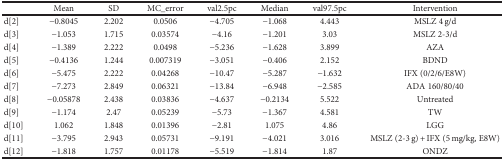
<table><thead><tr><td></td><td><b>Mean</b></td><td><b>SD</b></td><td><b>MC_error</b></td><td><b>val2.5pc</b></td><td><b>Median</b></td><td><b>val97.5pc</b></td><td><b>Intervention</b></td></tr></thead><tbody><tr><td>d[2]</td><td>−0.8045</td><td>2.202</td><td>0.0506</td><td>−4.705</td><td>−1.068</td><td>4.443</td><td>MSLZ 4 g/d</td></tr><tr><td>d[3]</td><td>−1.053</td><td>1.715</td><td>0.03574</td><td>−4.16</td><td>−1.201</td><td>3.03</td><td>MSLZ 2-3/d</td></tr><tr><td>d[4]</td><td>−1.389</td><td>2.222</td><td>0.0498</td><td>−5.236</td><td>−1.628</td><td>3.899</td><td>AZA</td></tr><tr><td>d[5]</td><td>−0.4136</td><td>1.244</td><td>0.007319</td><td>−3.051</td><td>−0.406</td><td>2.152</td><td>BDND</td></tr><tr><td>d[6]</td><td>−5.475</td><td>2.222</td><td>0.04268</td><td>−10.47</td><td>−5.287</td><td>−1.632</td><td>IFX (0/2/6/E8W)</td></tr><tr><td>d[7]</td><td>−7.273</td><td>2.849</td><td>0.06321</td><td>−13.84</td><td>−6.948</td><td>−2.585</td><td>ADA 160/80/40</td></tr><tr><td>d[8]</td><td>−0.05878</td><td>2.438</td><td>0.03836</td><td>−4.637</td><td>−0.2134</td><td>5.522</td><td>Untreated</td></tr><tr><td>d[9]</td><td>−1.174</td><td>2.47</td><td>0.05239</td><td>−5.73</td><td>−1.367</td><td>4.581</td><td>TW</td></tr><tr><td>d[10]</td><td>1.062</td><td>1.848</td><td>0.01396</td><td>−2.81</td><td>1.075</td><td>4.86</td><td>LGG</td></tr><tr><td>d[11]</td><td>−3.795</td><td>2.943</td><td>0.05731</td><td>−9.191</td><td>−4.021</td><td>3.016</td><td>MSLZ (2-3 g) + IFX (5 mg/kg, E8W)</td></tr><tr><td>d[12]</td><td>−1.818</td><td>1.757</td><td>0.01178</td><td>−5.519</td><td>−1.814</td><td>1.87</td><td>ONDZ</td></tr></tbody></table>